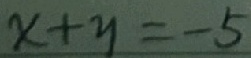
x + y = - 5